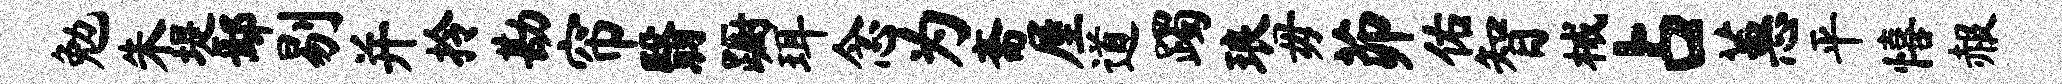
勉朱堤鄢剔并拎勘帘翳蹰珥念为斋屋道躅琅毋茆佑智械占蕙平僖赧